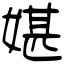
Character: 媅